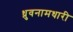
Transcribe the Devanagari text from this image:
ध्रुवनामधारी